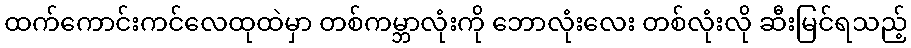
ထက်ကောင်းကင်လေထုထဲမှာ တစ်ကမ္ဘာလုံးကို ဘောလုံးလေး တစ်လုံးလို ဆီးမြင်ရသည့်